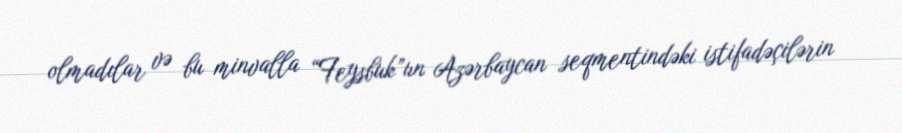
olmadılar və bu minvalla “Feysbuk”un Azərbaycan seqmentindəki istifadəçilərin